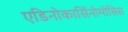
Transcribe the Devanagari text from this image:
एडिनोकार्सिनोमोसिस